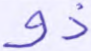
ذو